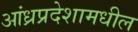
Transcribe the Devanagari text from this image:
आंध्रप्रदेशामधील